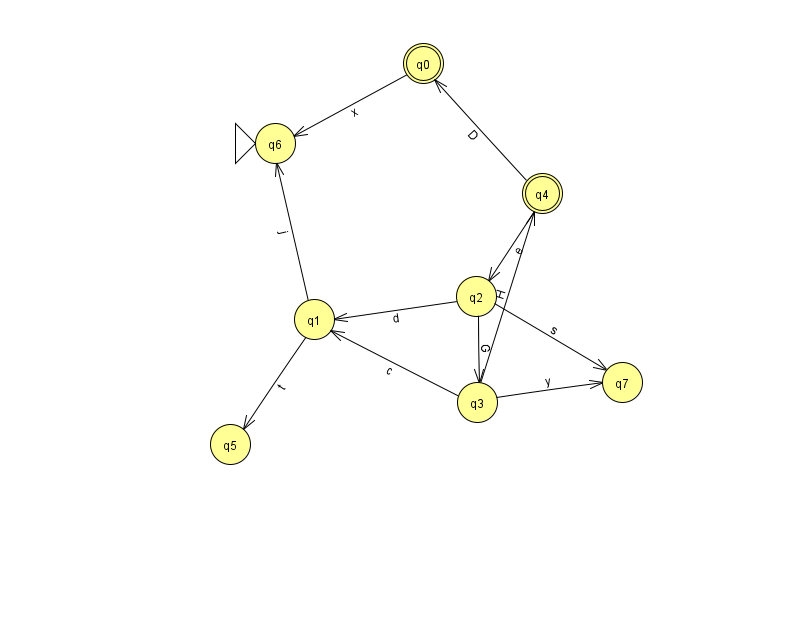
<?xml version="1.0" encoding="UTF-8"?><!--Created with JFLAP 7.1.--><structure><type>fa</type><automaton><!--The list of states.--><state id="0" name="q0"><x>423.0</x><y>50.0</y><final/></state><state id="1" name="q1"><x>314.0</x><y>306.0</y></state><state id="2" name="q2"><x>476.0</x><y>283.0</y></state><state id="3" name="q3"><x>477.0</x><y>389.0</y></state><state id="4" name="q4"><x>542.0</x><y>180.0</y><final/></state><state id="5" name="q5"><x>230.0</x><y>431.0</y></state><state id="6" name="q6"><x>275.0</x><y>130.0</y><initial/></state><state id="7" name="q7"><x>622.0</x><y>369.0</y></state><!--The list of transitions.--><transition><from>1</from><to>5</to><read>t</read></transition><transition><from>2</from><to>7</to><read>s</read></transition><transition><from>3</from><to>4</to><read>H</read></transition><transition><from>4</from><to>2</to><read>e</read></transition><transition><from>2</from><to>1</to><read>d</read></transition><transition><from>1</from><to>6</to><read>j</read></transition><transition><from>3</from><to>7</to><read>y</read></transition><transition><from>2</from><to>3</to><read>G</read></transition><transition><from>0</from><to>6</to><read>x</read></transition><transition><from>3</from><to>1</to><read>c</read></transition><transition><from>4</from><to>0</to><read>D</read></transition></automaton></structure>